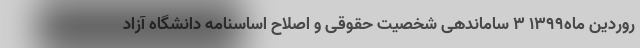
روردین ماه۱۳۹۹ ۳ ساماندهی شخصیت حقوقی و اصلاح اساسنامه دانشگاه آزاد